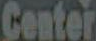
Center